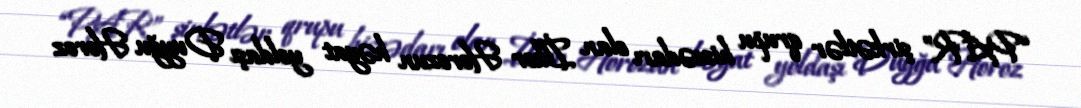
“PAR” şirkətlər qrupu hissədarı olan İlker Horozun həyat yoldaşı Duyğu Horoz